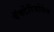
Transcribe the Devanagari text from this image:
बॅक्टेरियोफेग